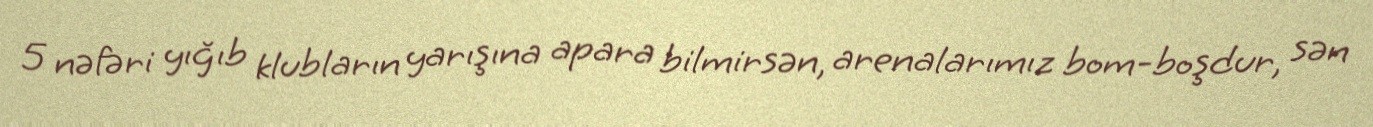
5 nəfəri yığıb klubların yarışına apara bilmirsən, arenalarımız bom-boşdur, sən